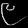
Digit: ၉